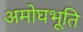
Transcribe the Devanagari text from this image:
अमोघभूति